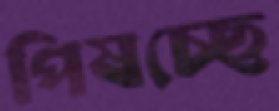
পিষচ্ছে